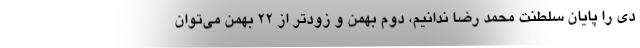
دی را پایان سلطنت محمد رضا ندانیم، دوم بهمن و زودتر از 22 بهمن می‌توان